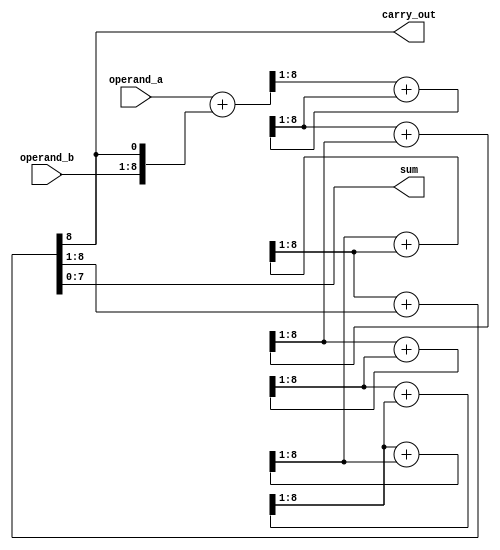
module manchester_carry_chain_adder (
    input wire [7:0] operand_a,
    input wire [7:0] operand_b,
    output wire [7:0] sum,
    output wire carry_out
);

reg [8:0] intermediate_results[7:0];
reg carry_in;

// Generate carry-in signal to first stage
assign intermediate_results[0] = {1'b0, operand_a} + {1'b0, operand_b, carry_in};
assign carry_in = intermediate_results[7][8];

// Manchester carry chain configuration
genvar i;
generate 
    for (i = 0; i < 7; i=i+1) begin: adder_stage
        always @* begin
            intermediate_results[i+1] = intermediate_results[i][8:1] + intermediate_results[i+1][8:1];
        end
    end
endgenerate

// Extract sum and carry out signals
assign sum = intermediate_results[7][7:0];
assign carry_out = intermediate_results[7][8];

endmodule